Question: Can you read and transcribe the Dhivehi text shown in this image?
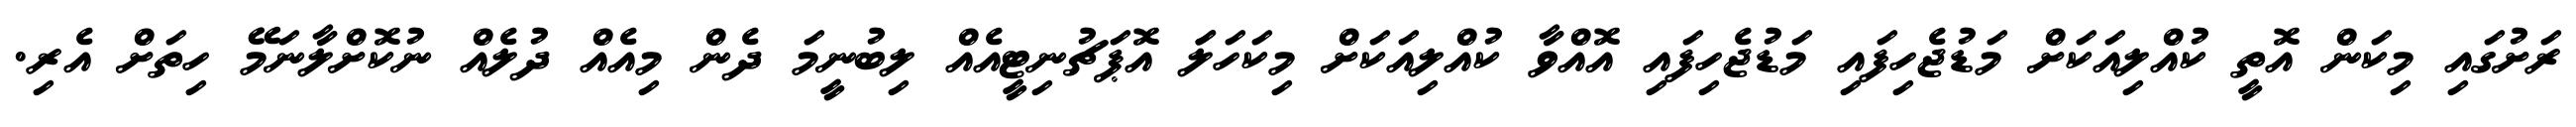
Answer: ރަށުގައި މިކަން އޮތީ ކުއްލިއަކަށް މަޑުޖެހިފައި މަޑުޖެހިފައި އޮއްވާ ކުއްލިއަކަށް މިކަހަލަަ އޮޕަޗުނިޓީއެއް ލިބުނީމަ ދެން މިއެއް ދުލެއް ނުކޮށްލާނަމޭ ހިތަށް އެރި.